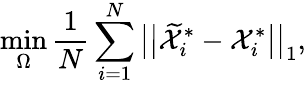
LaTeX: \operatorname*{min}_{\Omega}\frac{1}{N}\sum_{i=1}^{N}\big|\big|\widetilde{\mathcal{X}}_{i}^{*}-\mathcal{X}_{i}^{*}\big|\big|_{1},